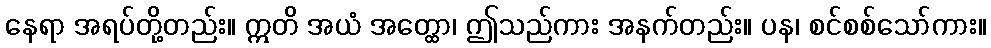
နေရာ အရပ်တို့တည်း။ ဣတိ အယံ အတ္ထော၊ ဤသည်ကား အနက်တည်း။ ပန၊ စင်စစ်သော်ကား။